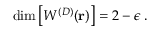
\mathrm { d i m } \left[ W ^ { ( { D } ) } ( { \bf r } ) \right] = 2 - \epsilon \; .